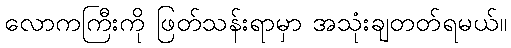
လောကကြီးကို ဖြတ်သန်းရာမှာ အသုံးချတတ်ရမယ်။